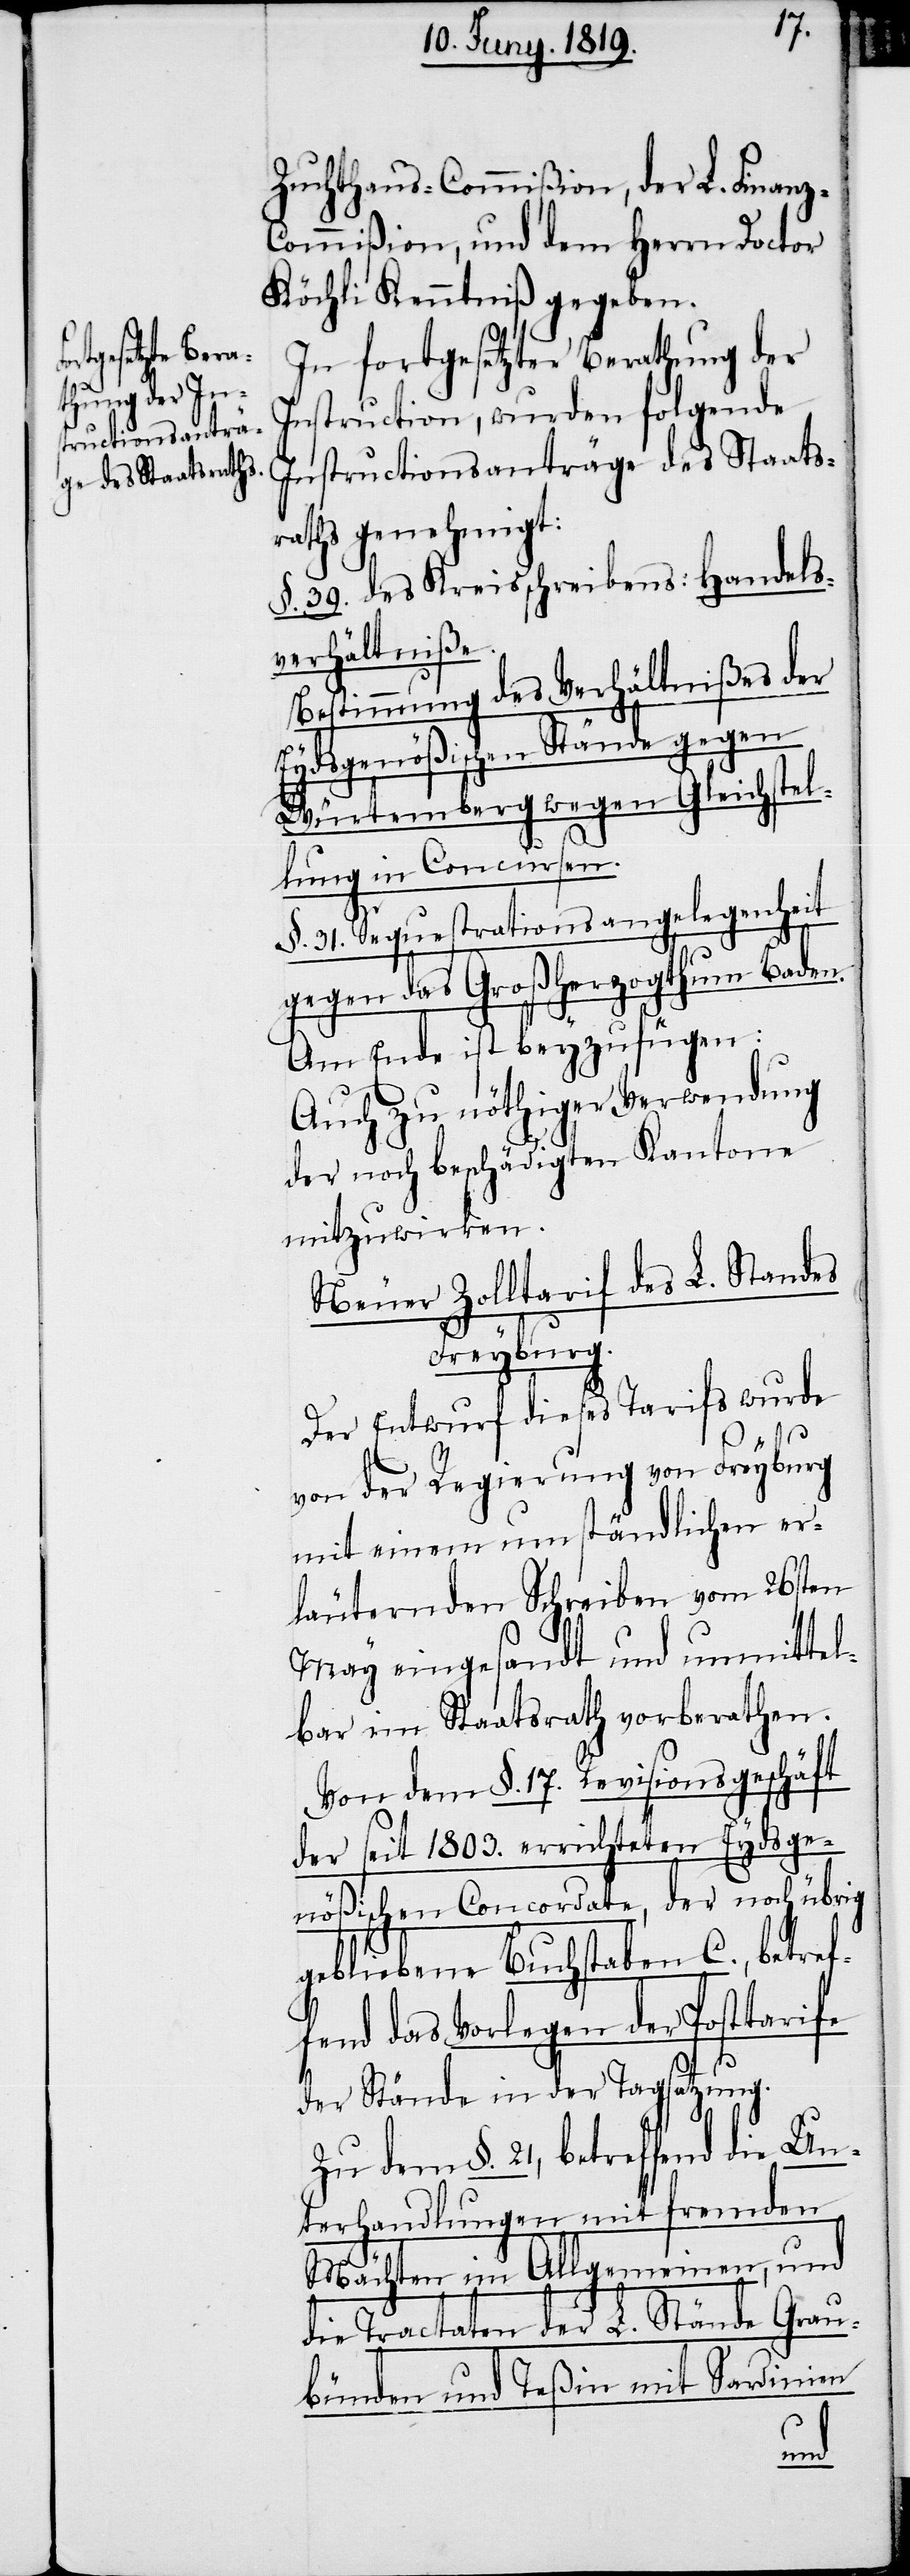
Zuchthaus-Commißion, der L. Finanz-C¬
ommißion, und dem Herrn Doctor
Köchli Kenntniß gegeben.
In fortgesetzter Berathung der
Instruction, wurden folgende
Instructionsanträge des Staats¬
raths genehmigt:
§. 39. des Kreisschreibens: Handels¬
verhältniße.
Bestimmung des Verhältnißes der
Eydsgenößischen Stände gegen
Würtemberg wegen Gleichstel¬
lung in Concursen.
§. 31. Sequestrationsangelegenheit
gegen das Großherzogthum Baden.
Am Ende ist beyzufügen:
Auch zu nöthigen Verwendung
der noch beschädigten Kantone
mitzuwirken.
Neuer Zolltarif des L. Standes
Freyburg.
Der Entwurf dieses Tarifs wurde
von der Regierung von Freyburg
mit einem umständlichen er¬
läuternden Schreiben vom 26sten
May eingesandt und unmittel¬
bar im Staatsrath vorberathen.
Von dem §. 17. Revisionsgeschäft
der seit 1803. errichteten Eydsge¬
nößischen Concordate, der noch übrig
gebliebene Buchstaben C., betref¬
fend das Vorlegen der Posttarife
der Stände in der Tagsatzung.
Zu dem §. 21, betreffend die Un¬
terhandlungen mit fremden
Mächten im Allgemeinen, und
die Tractaten der L. Stände Grau¬
bünden und Teßin mit Sardinien